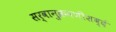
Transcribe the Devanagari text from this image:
सर्वानुक्रमणीशब्दं